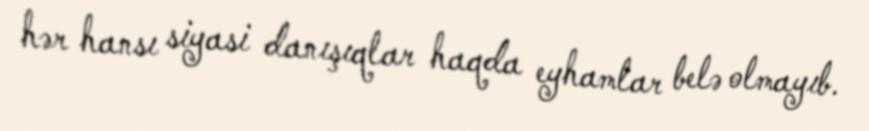
hər hansı siyasi danışıqlar haqda eyhamlar belə olmayıb.